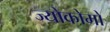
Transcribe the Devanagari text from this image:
ज्योकोमो